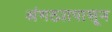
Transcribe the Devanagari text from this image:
अंगठ्यापासून